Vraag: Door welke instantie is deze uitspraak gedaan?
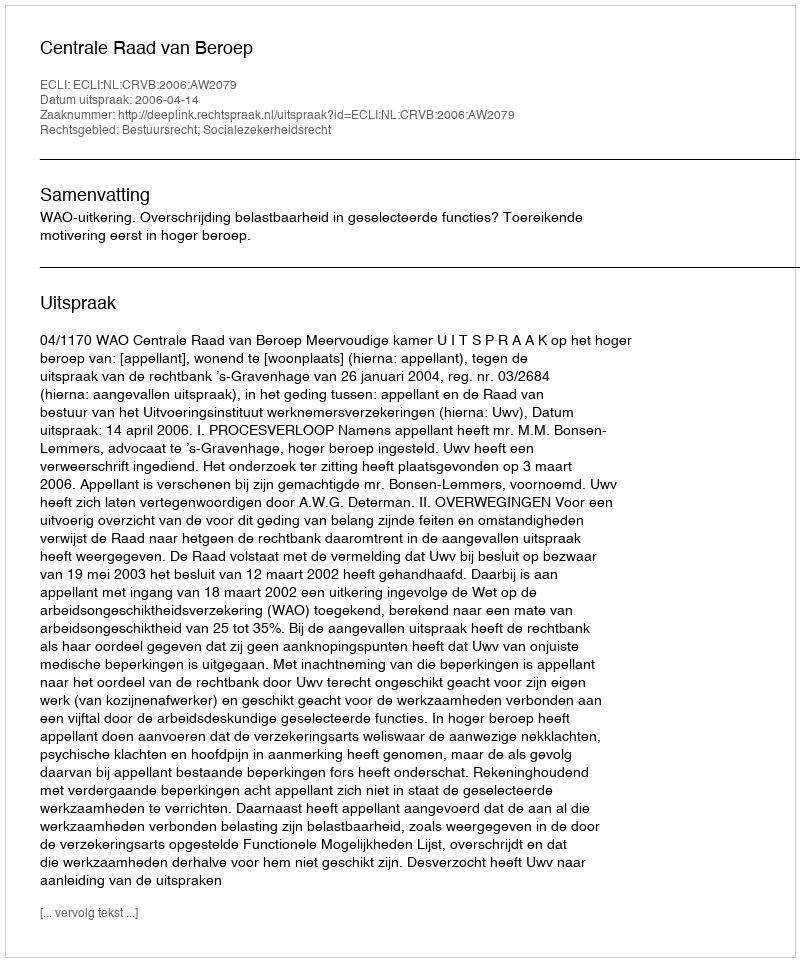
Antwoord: Centrale Raad van Beroep